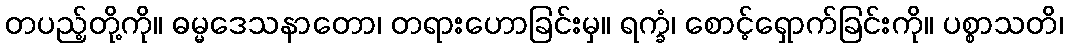
တပည့်တို့ကို။ ဓမ္မဒေသနာတော၊ တရားဟောခြင်းမှ။ ရက္ခံ၊ စောင့်ရှောက်ခြင်းကို။ ပစ္စာသတိ၊